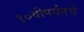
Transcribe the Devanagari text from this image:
१०वीपर्यंतचे